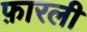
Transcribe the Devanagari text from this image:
फ़ारली